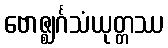
ဗောဇ္ဈင်္ဂသံယုတ္တဿ